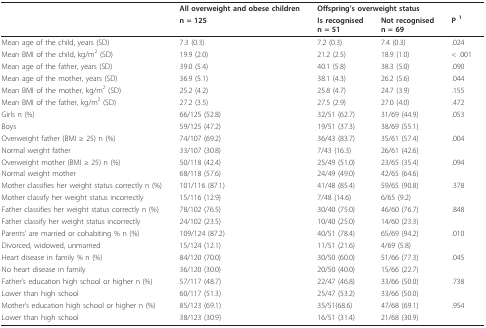
<table><thead><tr><td></td><td><b>All overweight and obese children</b></td><td colspan="2"><b>Offspring&#x27;s overweight status</b></td><td></td></tr><tr><td></td><td><b>n = 125</b></td><td><b>Is recognisedn = 51</b></td><td><b>Not recognisedn = 69</b></td><td><b>P <sup>1</sup></b></td></tr></thead><tbody><tr><td>Mean age of the child, years (SD)</td><td>7.3 (0.3)</td><td>7.2 (0.3)</td><td>7.4 (0.3)</td><td>.024</td></tr><tr><td>Mean BMI of the child, kg/m<sup>2 </sup>(SD)</td><td>19.9 (2.0)</td><td>21.2 (2.5)</td><td>18.9 (1.0)</td><td>&lt; .001</td></tr><tr><td>Mean age of the father, years (SD)</td><td>39.0 (5.4)</td><td>40.1 (5.8)</td><td>38.3 (5.0)</td><td>.090</td></tr><tr><td>Mean age of the mother, years (SD)</td><td>36.9 (5.1)</td><td>38.1 (4.3)</td><td>26.2 (5.6)</td><td>.044</td></tr><tr><td>Mean BMI of the mother, kg/m<sup>2 </sup>(SD)</td><td>25.2 (4.2)</td><td>25.8 (4.7)</td><td>24.7 (3.9)</td><td>.155</td></tr><tr><td>Mean BMI of the father, kg/m<sup>2 </sup>(SD)</td><td>27.2 (3.5)</td><td>27.5 (2.9)</td><td>27.0 (4.0)</td><td>.472</td></tr><tr><td>Girls n (%)</td><td>66/125 (52.8)</td><td>32/51 (62.7)</td><td>31/69 (44.9)</td><td>.053</td></tr><tr><td>Boys</td><td>59/125 (47.2)</td><td>19/51 (37.3)</td><td>38/69 (55.1)</td><td></td></tr><tr><td>Overweight father (BMI ≥ 25) n (%)</td><td>74/107 (69.2)</td><td>36/43 (83.7)</td><td>35/61 (57.4)</td><td>.004</td></tr><tr><td>Normal weight father</td><td>33/107 (30.8)</td><td>7/43 (16.3)</td><td>26/61 (42.6)</td><td></td></tr><tr><td>Overweight mother (BMI ≥ 25) n (%)</td><td>50/118 (42.4)</td><td>25/49 (51.0)</td><td>23/65 (35.4)</td><td>.094</td></tr><tr><td>Normal weight mother</td><td>68/118 (57.6)</td><td>24/49 (49.0)</td><td>42/65 (64.6)</td><td></td></tr><tr><td>Mother classifies her weight status correctly n (%)</td><td>101/116 (87.1)</td><td>41/48 (85.4)</td><td>59/65 (90.8)</td><td>.378</td></tr><tr><td>Mother classify her weight status incorrectly</td><td>15/116 (12.9)</td><td>7/48 (14.6)</td><td>6/65 (9.2)</td><td></td></tr><tr><td>Father classifies her weight status correctly n (%)</td><td>78/102 (76.5)</td><td>30/40 (75.0)</td><td>46/60 (76.7)</td><td>.848</td></tr><tr><td>Father classify her weight status incorrectly</td><td>24/102 (23.5)</td><td>10/40 (25.0)</td><td>14/60 (23.3)</td><td></td></tr><tr><td>Parents&#x27; are married or cohabiting % n (%)</td><td>109/124 (87.2)</td><td>40/51 (78.4)</td><td>65/69 (94.2)</td><td>.010</td></tr><tr><td>Divorced, widowed, unmarried</td><td>15/124 (12.1)</td><td>11/51 (21.6)</td><td>4/69 (5.8)</td><td></td></tr><tr><td>Heart disease in family % n (%)</td><td>84/120 (70.0)</td><td>30/50 (60.0)</td><td>51/66 (77.3)</td><td>.045</td></tr><tr><td>No heart disease in family</td><td>36/120 (30.0)</td><td>20/50 (40.0)</td><td>15/66 (22.7)</td><td></td></tr><tr><td>Father&#x27;s education high school or higher n (%)</td><td>57/117 (48.7)</td><td>22/47 (46.8)</td><td>33/66 (50.0)</td><td>.738</td></tr><tr><td>Lower than high school</td><td>60/117 (51.3)</td><td>25/47 (53.2)</td><td>33/66 (50.0)</td><td></td></tr><tr><td>Mother&#x27;s education high school or higher n (%)</td><td>85/123 (69.1)</td><td>35/51(68.6)</td><td>47/68 (69.1)</td><td>.954</td></tr><tr><td>Lower than high school</td><td>38/123 (30.9)</td><td>16/51 (31.4)</td><td>21/68 (30.9)</td><td></td></tr></tbody></table>